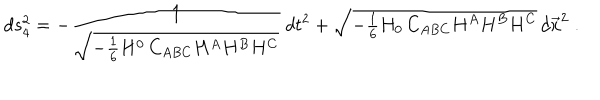
d s _ { 4 } ^ { 2 } = - \frac { 1 } { \sqrt { - { \frac { 1 } { 6 } } H ^ { 0 } \, C _ { A B C } H ^ { A } H ^ { B } H ^ { C } } } \, d t ^ { 2 } + \sqrt { - { \textstyle { \frac { 1 } { 6 } } } H _ { 0 } \, C _ { A B C } H ^ { A } H ^ { B } H ^ { C } } \, d \vec { x } ^ { 2 } \; .